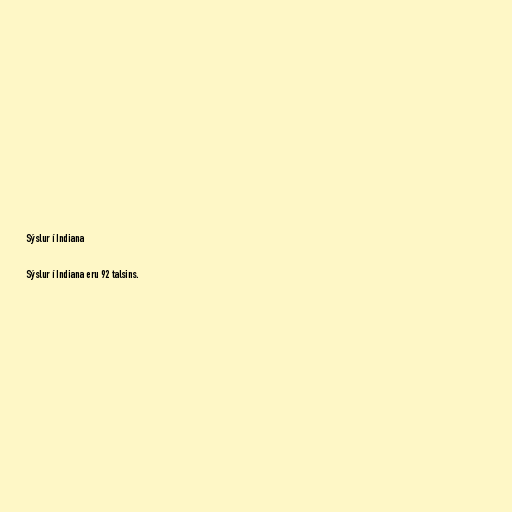
Sýslur í Indiana

Sýslur í Indiana eru 92 talsins.